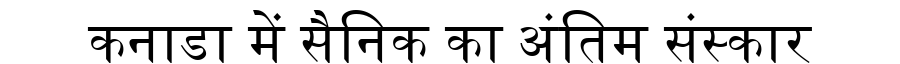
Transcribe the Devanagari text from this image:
कनाडा में सैनिक का अंतिम संस्कार